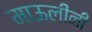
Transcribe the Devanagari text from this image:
माऊलींनी